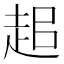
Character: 𧺽